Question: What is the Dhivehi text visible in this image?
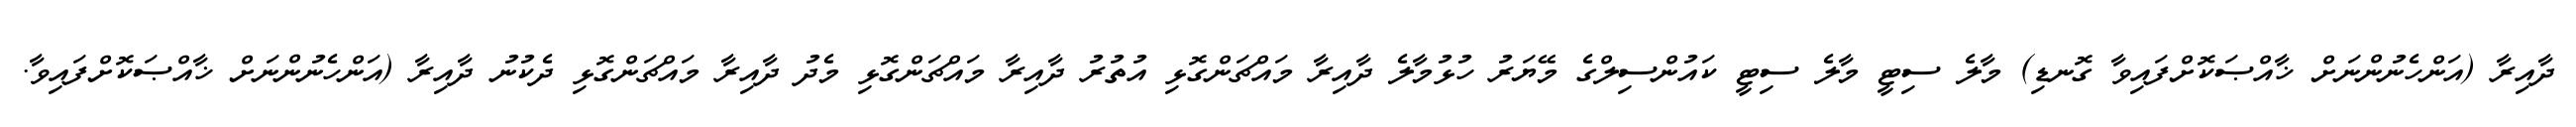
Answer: ދާއިރާ (އަންހެނުންނަށް ޚާއްޞަކޮށްފައިވާ ގޮނޑި) މާލެ ސިޓީ މާލެ ސިޓީ ކައުންސިލްގެ މޭޔަރު ހުޅުމާލެ ދާއިރާ މައްޗަންގޮޅި އުތުރު ދާއިރާ މައްޗަންގޮޅި މެދު ދާއިރާ މައްޗަންގޮޅި ދެކުނު ދާއިރާ (އަންހެނުންނަށް ޚާއްޞަކޮށްފައިވާ.